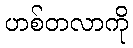
ဟစ်တလာကို